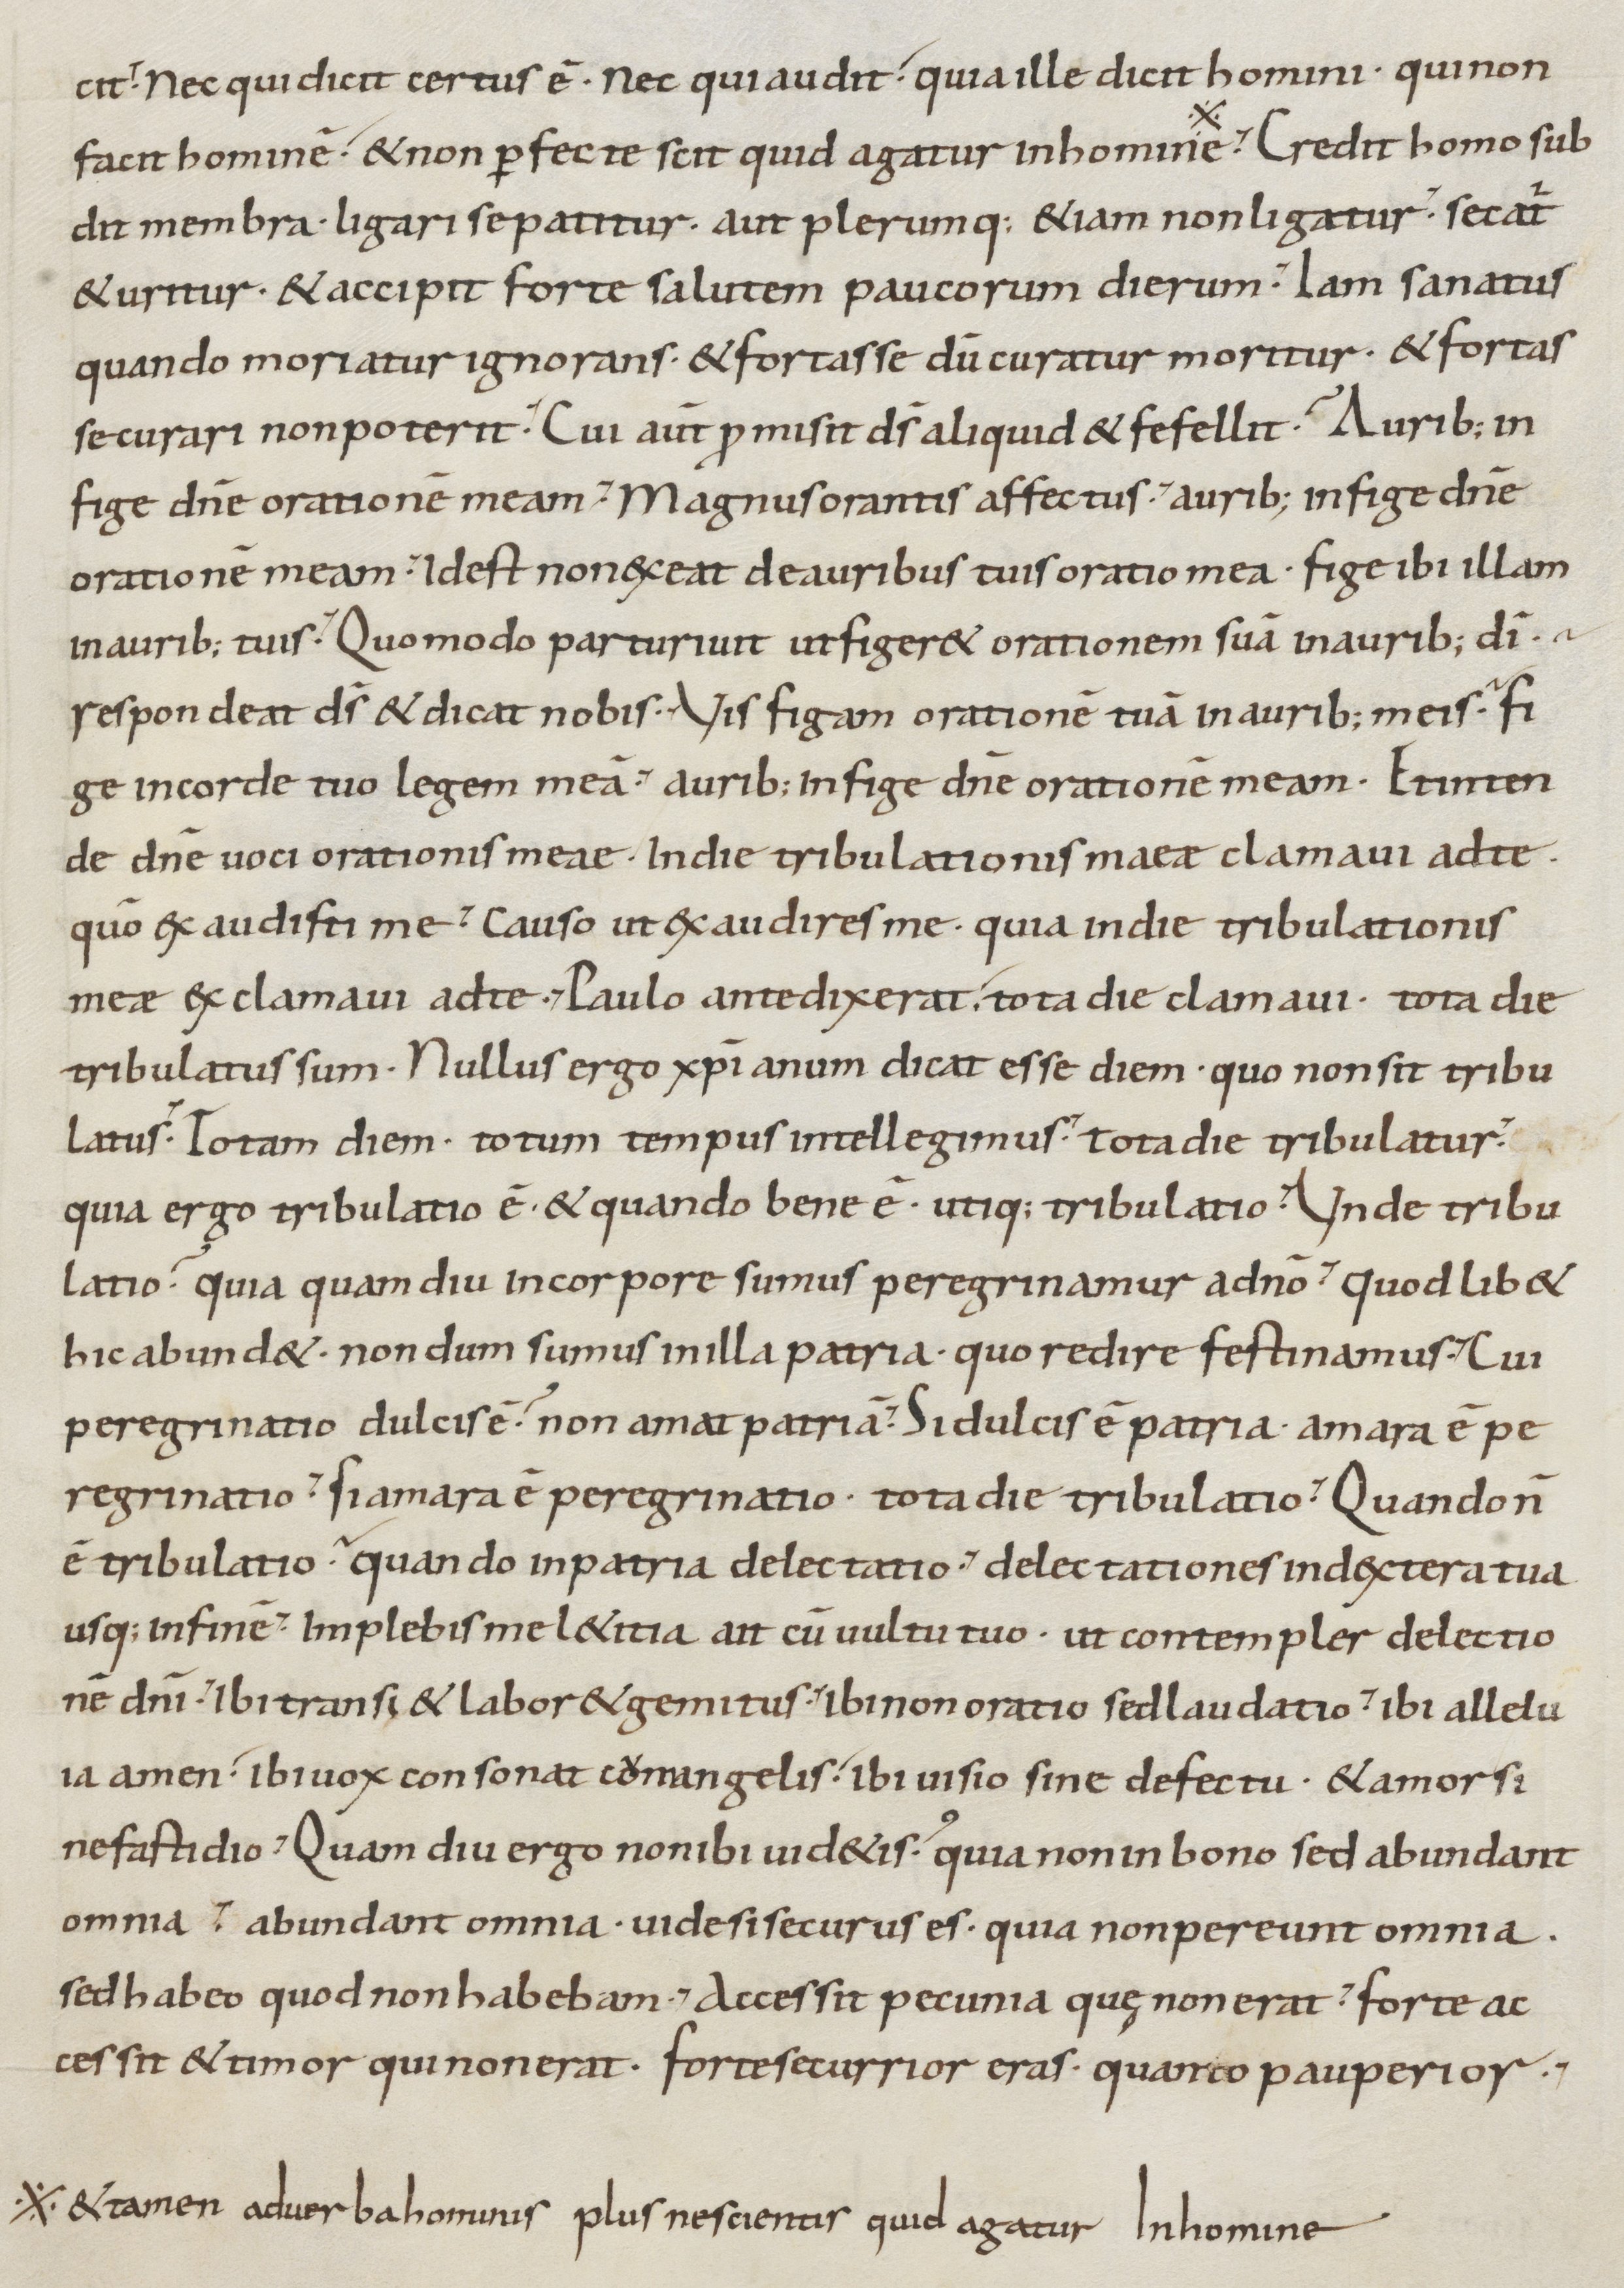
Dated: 800–899